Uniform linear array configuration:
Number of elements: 8
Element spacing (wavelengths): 0.5
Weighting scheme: cosine
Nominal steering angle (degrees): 45
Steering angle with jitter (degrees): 46.61
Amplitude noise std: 0.05
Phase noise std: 0.05

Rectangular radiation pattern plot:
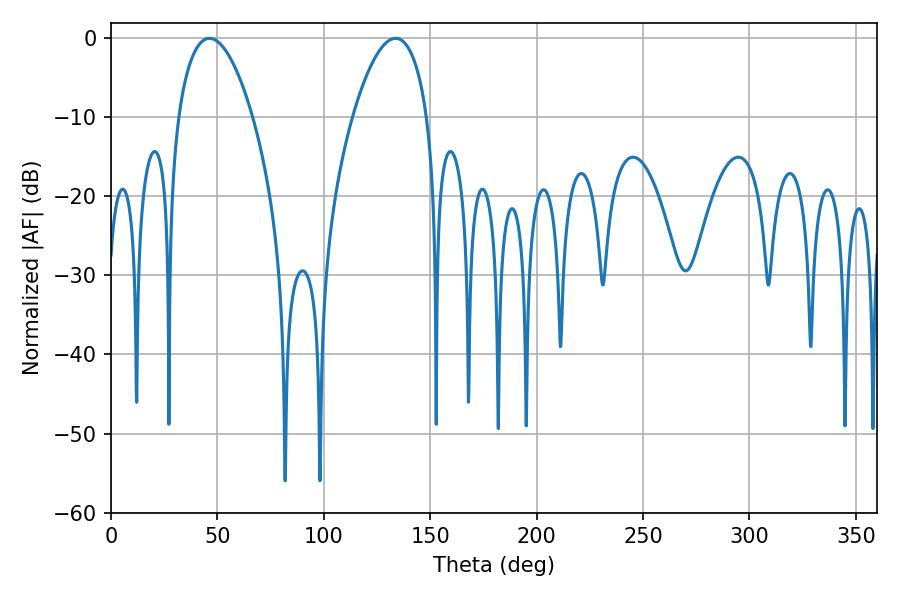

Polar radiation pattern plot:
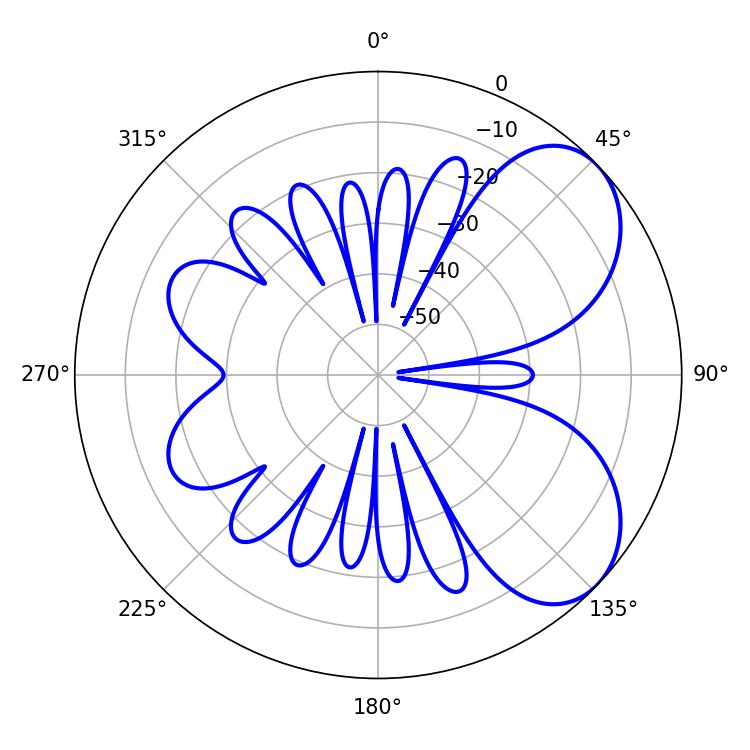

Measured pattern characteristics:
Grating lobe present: FALSE
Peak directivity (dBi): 5.934
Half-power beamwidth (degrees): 19.44
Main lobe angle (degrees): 46.26